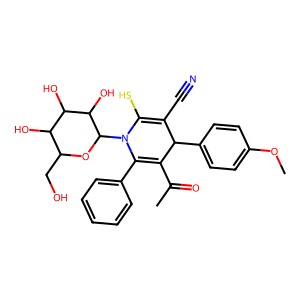
SMILES: COc1ccc(C2C(C#N)=C(S)N(C3OC(CO)C(O)C(O)C3O)C(c3ccccc3)=C2C(C)=O)cc1
Inhibits HIV replication: No